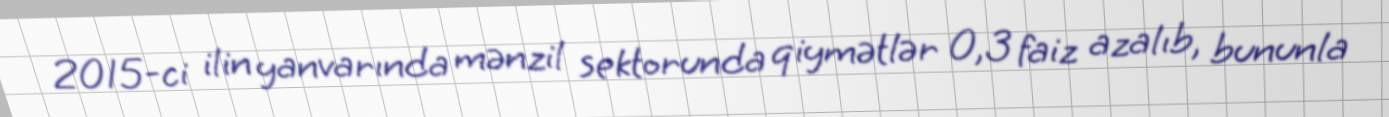
2015-ci ilin yanvarında mənzil sektorunda qiymətlər 0,3 faiz azalıb, bununla